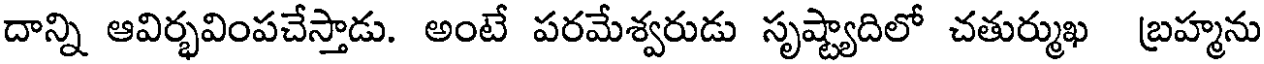
దాన్ని ఆవిర్భవింపచేస్తాడు. అంటే పరమేశ్వరుడు సృష్ట్యాదిలో చతుర్ముఖ బ్రహ్మను